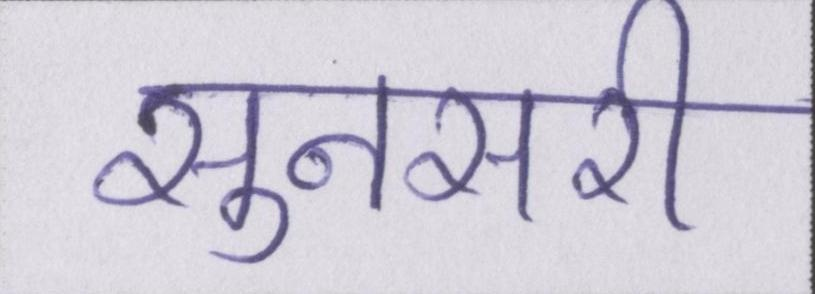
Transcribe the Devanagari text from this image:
सुनसरी